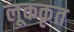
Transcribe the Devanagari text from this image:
लूककृत